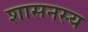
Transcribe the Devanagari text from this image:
शासनस्य